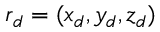
\boldsymbol { r } _ { d } = ( x _ { d } , y _ { d } , z _ { d } )